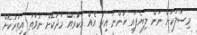
މިސާލަކަށް ނަން ލިޔެފައި ހުންނަ އިރު އެއް އަކުރެއް މަދުކޮށް ނުވަތަ އިތުރުކޮށް